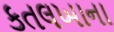
કતલખાના